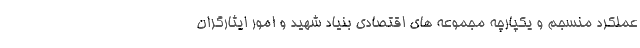
عملکرد منسجم و یکپارچه مجموعه های اقتصادی بنیاد شهید و امور ایثارگران